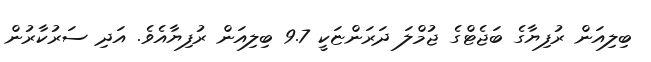
ބިލިއަން ރުފިޔާގެ ބަޖެޓްގެ ޖުމްލަ ދަރަންޏަކީ 9.7 ބިލިއަން ރުފިޔާއެވެ. އަދި ސަރުކާރުން